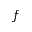
f